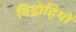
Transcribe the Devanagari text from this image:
विद्राेहियों